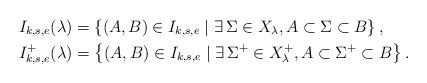
LaTeX: \begin{align*}I_{k,s,e}(\lambda) &= \left\{ (A,B) \in I_{k,s,e} \mid \exists \, \Sigma \in X_{\lambda}, A \subset \Sigma \subset B \right\}, \\I_{k,s,e}^+(\lambda) &= \left\{ (A,B) \in I_{k,s,e} \mid \exists \, \Sigma^+ \in X_{\lambda}^+, A \subset \Sigma^+ \subset B \right\}.\end{align*}